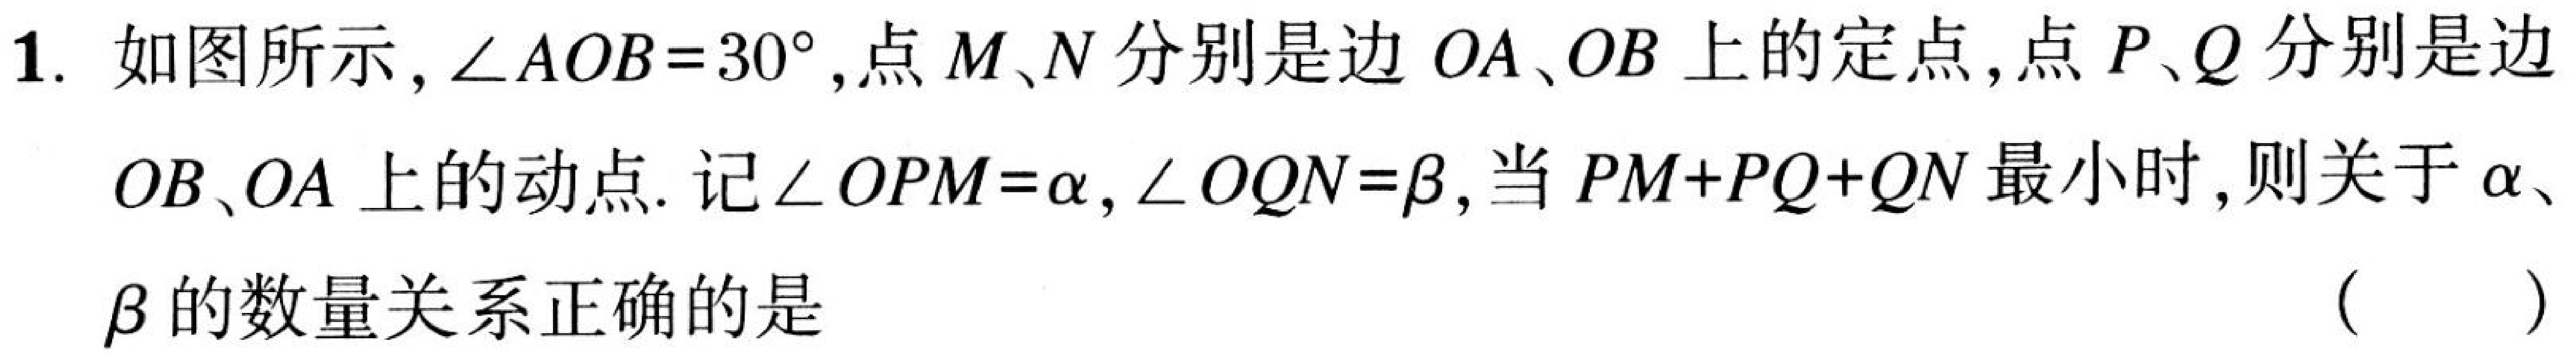
1. 如图所示，\(\angle AOB = 30^{\circ}\)，点\(M、N\)分别是边\(OA、OB\)上的定点，点\(P、Q\)分别是边\(OB、OA\)上的动点. 记\(\angle OPM=\alpha,\angle OQN = \beta\)，当\(PM + PQ+QN\)最小时，则关于\(\alpha、\beta\)的数量关系正确的是 （  ）